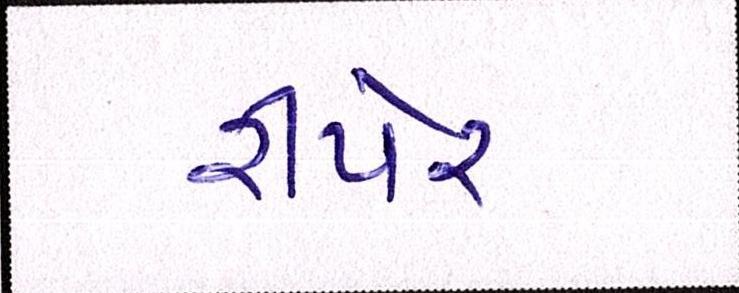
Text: રીપેર